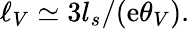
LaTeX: \ell_{V}\simeq{3l_{s}}/({\mathrm{e}\theta_{V}}).